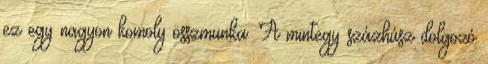
ez egy nagyon komoly összmunka. A mintegy százhúsz dolgozó